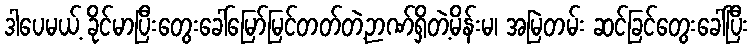
ဒါပေမယ့် ခိုင်မာပြီးတွေးခေါ်မြော်မြင်တတ်တဲ့ဉာဏ်ရှိတဲ့မိန်းမ၊ အမြဲတမ်း ဆင်ခြင်တွေးခေါ်ပြီး